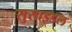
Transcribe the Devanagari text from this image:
सुसाइडल